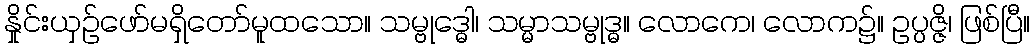
နှိုင်းယှဉ်ဖော်မရှိတော်မူထသော။ သမ္ဗုဒ္ဓေါ၊ သမ္မာသမ္ဗုဒ္ဓ။ လောကေ၊ လောက၌။ ဥပ္ပဇ္ဇိ၊ ဖြစ်ပြီ။